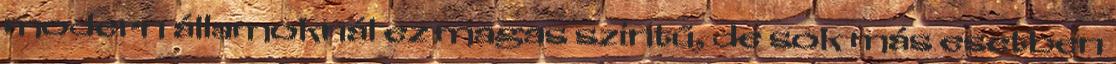
modern államoknál ez magas szintű, de sok más esetben